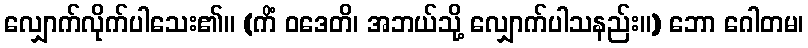
လျှောက်လိုက်ပါသေး၏။ (ကိံ ဝဒေတိ၊ အဘယ်သို့ လျှောက်ပါသနည်း။) ဘော ဂေါတမ၊